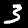
Label: 3